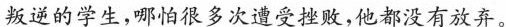
叛逆的学生，哪怕很多次遭受挫败，他都没有放弃。